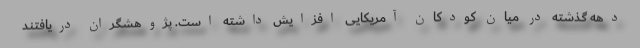
دهه گذشته در میان کودکان آمریکایی افزایش داشته است. پژوهشگران دریافتند